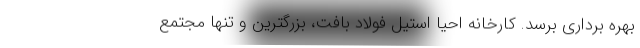
بهره برداری برسد. کارخانه احیا استیل فولاد بافت، بزرگترین و تنها مجتمع